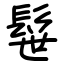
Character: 髰